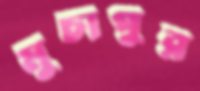
মুচাপুর